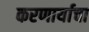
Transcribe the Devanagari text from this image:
करणार्याचा